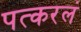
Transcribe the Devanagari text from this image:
पत्करलं